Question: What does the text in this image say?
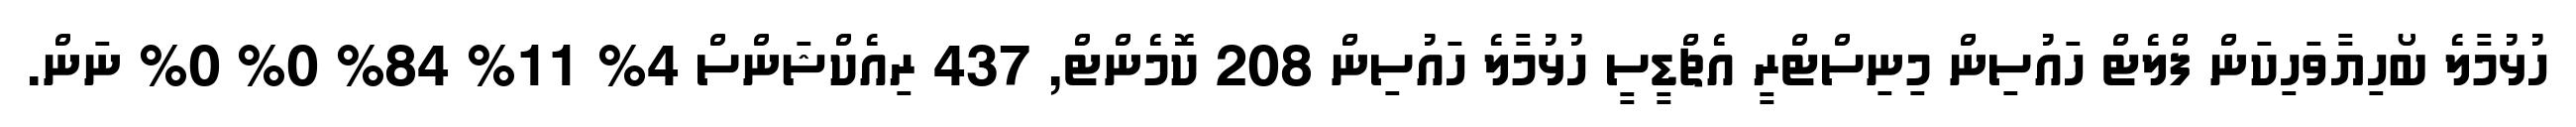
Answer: ހުޅުމާލެ ބޯހިޔާވަހިކަން ފްލެޓް ހައުސިން މިނިސްޓްރީ އެޗްޑީސީ ހުޅުމާލެ ހައުސިން 208 ކޮމެންޓް, 437 ރިއެކްޝަންސް 4% 11% 84% 0% 0% ނަން.